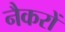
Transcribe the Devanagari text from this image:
नैकरों